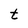
Character: t